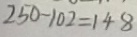
2 5 0 - 1 0 2 = 1 4 8